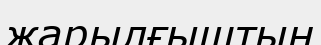
жарылғыштың